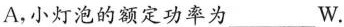
A，小灯泡的额定功率为___W.